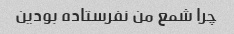
چرا شمع من نفرستاده بودین